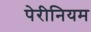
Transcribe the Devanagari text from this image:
पेरीनियम